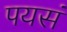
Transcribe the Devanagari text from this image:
पयसं